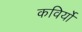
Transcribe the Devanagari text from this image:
कविर्यो